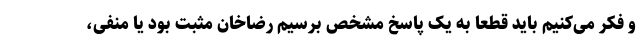
و فکر می‌کنیم باید قطعا به یک پاسخ مشخص برسیم رضاخان مثبت بود یا منفی،